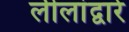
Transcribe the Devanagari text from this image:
लीलांद्वारे